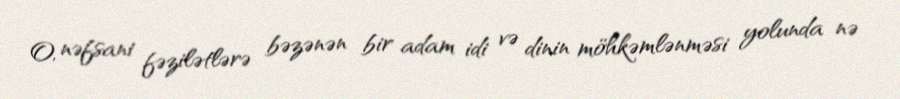
O, nəfsani fəzilətlərə bəzənən bir adam idi və dinin möhkəmlənməsi yolunda nə